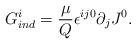
LaTeX: \begin{align*}G_{ind}^{i} = \frac{\mu}{Q} {\epsilon}^{ij0} \partial_{j} J^{0}.\end{align*}